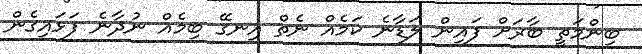
ބިންމަތީ ބާރަށް ފައިން ލަޑާނެ ކަމެއް ނެތް އިނގޭ ބިމެއް ނުދާނެ ފަޅައިގެން